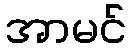
အာမင်